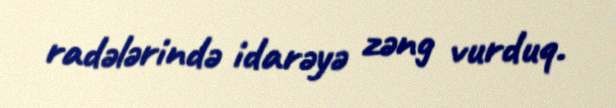
radələrində idarəyə zəng vurduq.